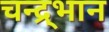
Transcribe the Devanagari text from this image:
चन्द्र्भान